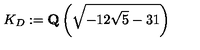
K _ { D } : = \mathrm { \bf Q } \left( \sqrt { - 1 2 \sqrt { 5 } - 3 1 } \right)